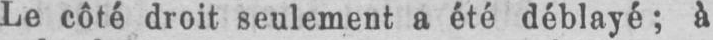
Le côté droit seulement a été déblayé; à